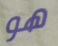
هو